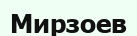
Мирзоев